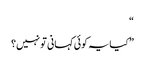
“
” کیایہ کوئی کہانی تو نہیں؟